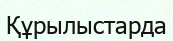
Құрылыстарда